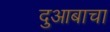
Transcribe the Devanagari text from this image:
दुआबाचा